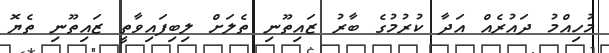
މުހިއްމު ދައުރެއް އަދާ ކުރުމުގެ ބާރު ޒައިތޫނި ތެލަށް ލިބިފައިވާތީ ޒައިތޫނި ތެޔޮ